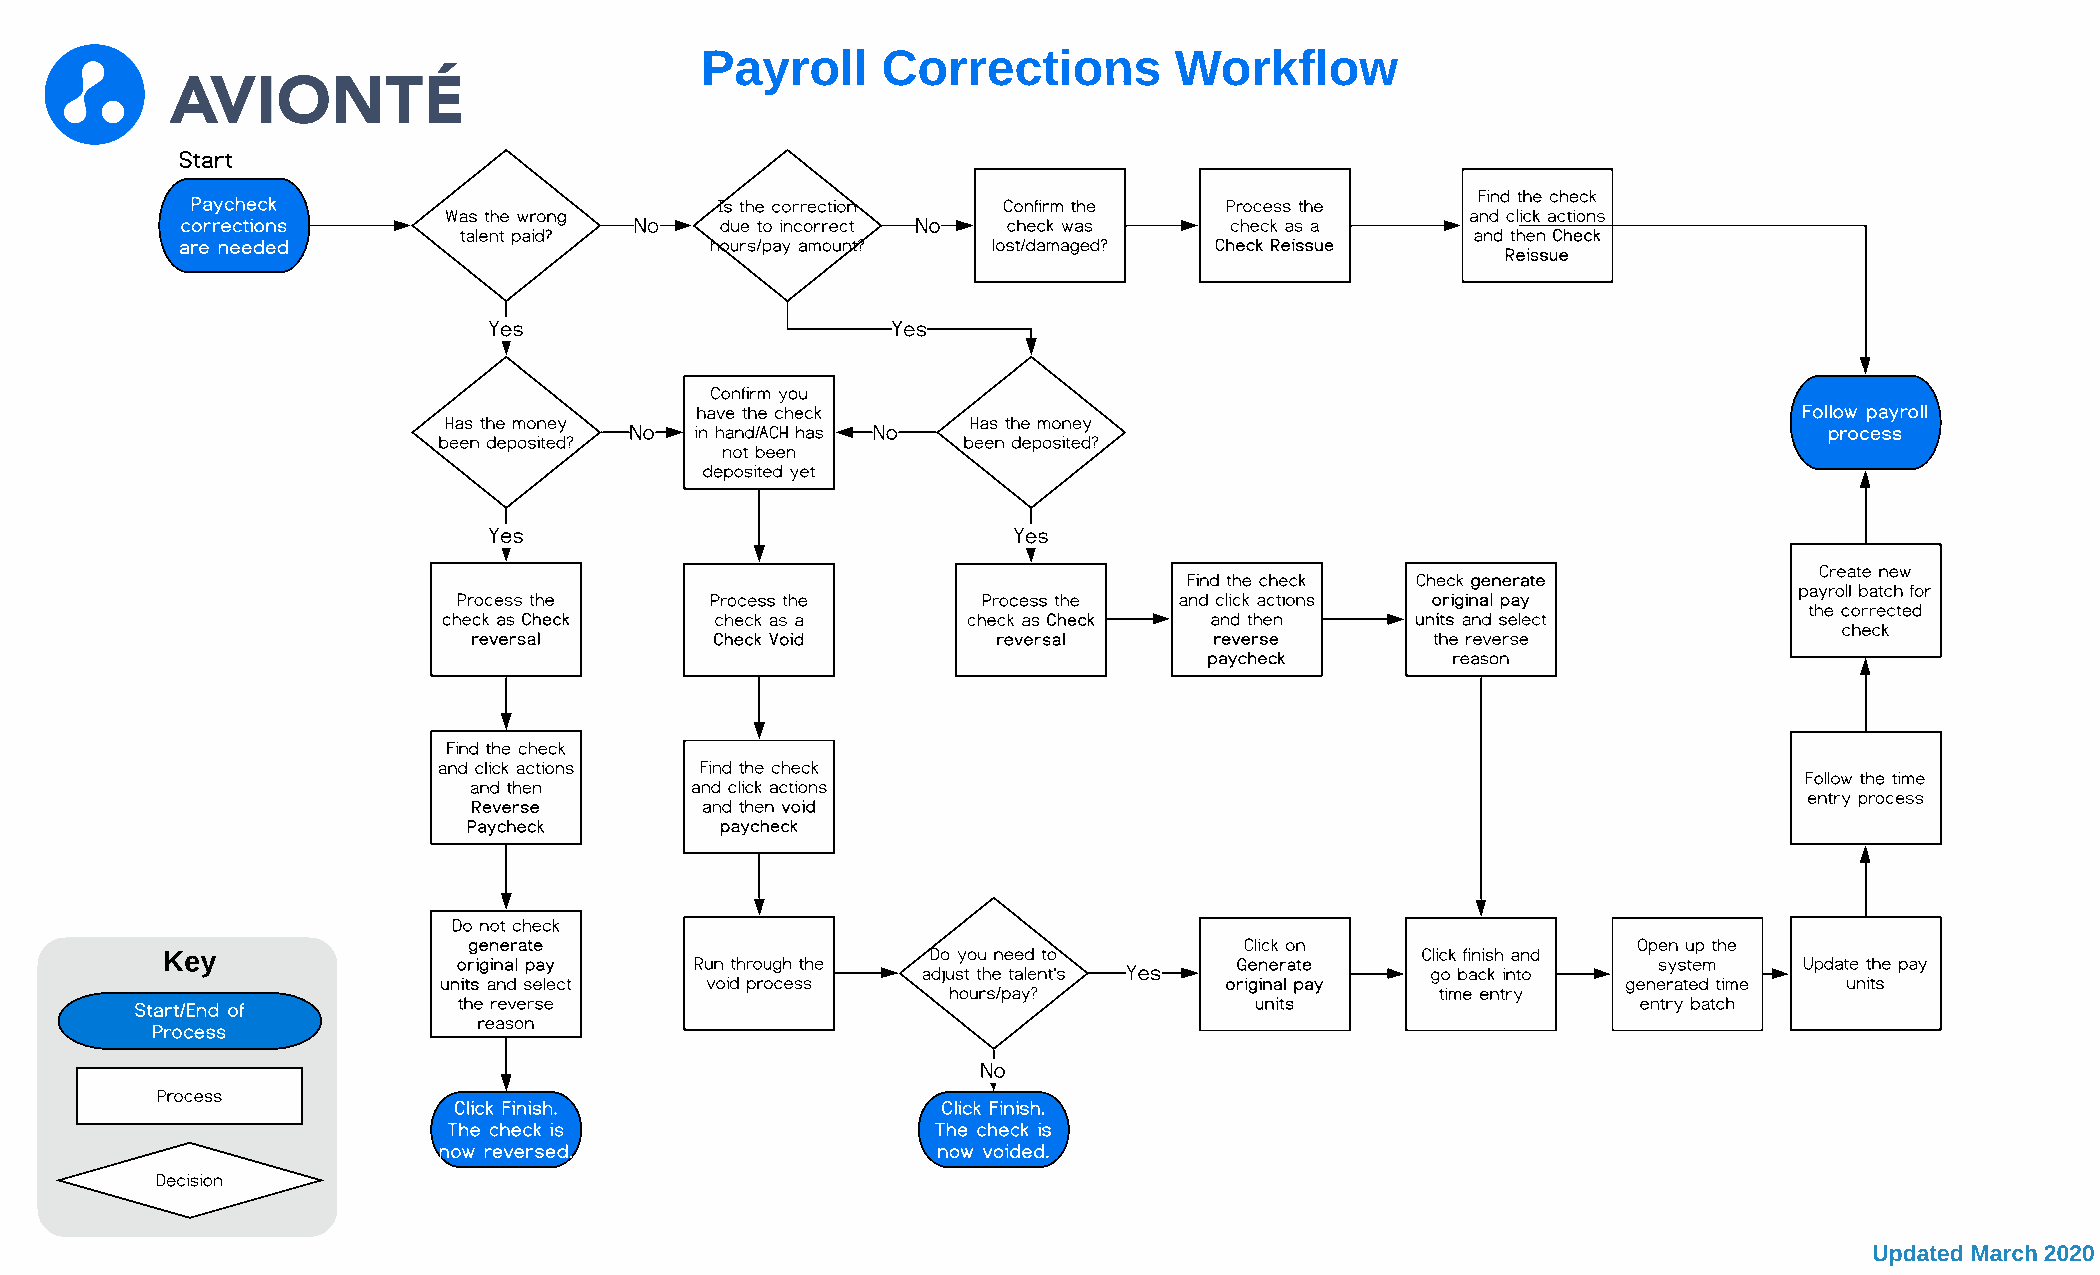
Payroll     Corrections         Workflow
 Start
 Find the check
 Paycheck                           Is the correction Confirm the    Process the
 Was the wrong                                                       and click actions
 corrections                   No    due to incorrect No check was    check as a
 talent paid?                                                        and then Check
 are needed                         hours/pay amount?  lost/damaged? Check Reissue
 Reissue
 Yes                        Yes
 Confirm you
 have the check                                                           Follow payroll
 Has the money                      Has the money
 No  in hand/ACH has No                                                         process
 been deposited?                    been deposited?
 not been
 deposited yet
 Yes                                Yes
 Create new
 Find the check Check generate
 payroll batch for
 Process the      Process the       Process the  and click actions original pay
 the corrected
 check as Check    check as a       check as Check  and then      units and select
 check
 reversal        Check Void         reversal      reverse        the reverse
 paycheck        reason
 Find the check
 and click actions Find the check
 Follow the time
 and then       and click actions
 entry process
 Reverse        and then void
 Paycheck         paycheck
 Do not check
 generate                                           Click on                  Open up the
 Key                                                Do you need to                  Click finish and
 original pay    Run through the                     Generate                    system   Update the pay
 adjust the talent's Yes           go back into
 units and select  void process                      original pay               generated time units
 hours/pay?                      time entry
 the reverse                                          units                     entry batch
 Start/End of
 reason
 Process
 No
 Process
 Click Finish.                   Click Finish.
 The check is                    The check is
 now reversed.                    now voided.
 Decision
 Updated March 2020